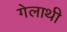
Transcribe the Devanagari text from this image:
गेलाथी